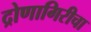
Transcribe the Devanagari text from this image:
द्रोणागिरीचा